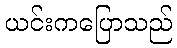
ယင်းကပြောသည်